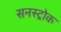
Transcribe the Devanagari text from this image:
सनस्ट्रोक